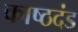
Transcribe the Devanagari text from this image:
काष्ठदंड